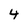
Character: 4